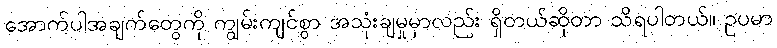
အောက်ပါအချက်တွေကို ကျွမ်းကျင်စွာ အသုံးချမှုမှာလည်း ရှိတယ်ဆိုတာ သိရပါတယ်။ ဥပမာ